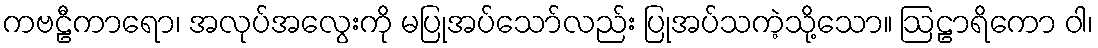
ကဗဠီကာရော၊ အလုပ်အလွေးကို မပြုအပ်သော်လည်း ပြုအပ်သကဲ့သို့သော။ ဩဠာရိကော ဝါ၊